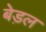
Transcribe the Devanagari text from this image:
बेड़ल